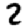
Digit: 2